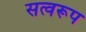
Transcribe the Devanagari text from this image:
सत्वरूप